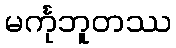
မင်္ကုဘူတဿ